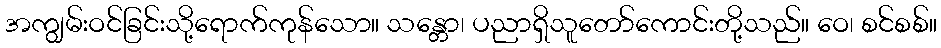
အကျွမ်းဝင်ခြင်းသို့ရောက်ကုန်သော။ သန္တော၊ ပညာရှိသူတော်ကောင်းတို့သည်။ ဝေ၊ စင်စစ်။